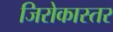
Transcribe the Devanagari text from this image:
जिरोकास्तर